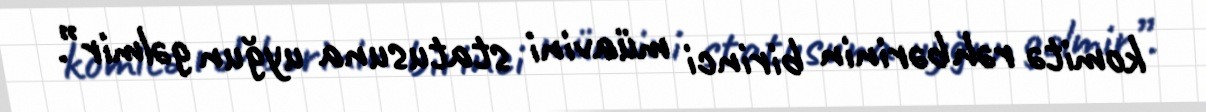
komitə rəhbərinin birinci müavini statusuna uyğun gəlmir”.